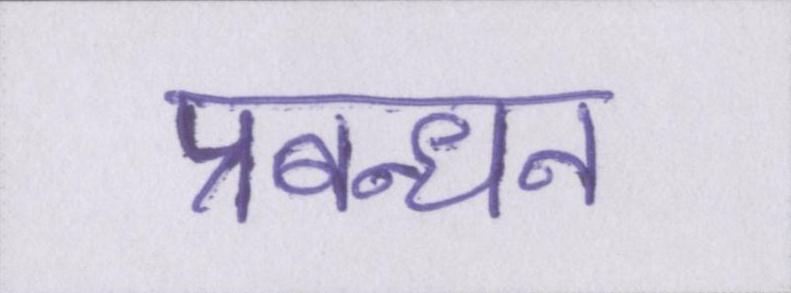
प्रबन्धन